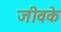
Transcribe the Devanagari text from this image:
जीवके